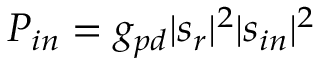
P _ { i n } = g _ { p d } | s _ { r } | ^ { 2 } | s _ { i n } | ^ { 2 }